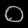
Digit: ၀